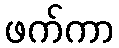
ဖက်ကာ